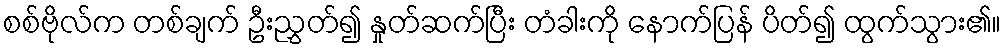
စစ်ဗိုလ်က တစ်ချက် ဦးညွှတ်၍ နှုတ်ဆက်ပြီး တံခါးကို နောက်ပြန် ပိတ်၍ ထွက်သွား၏။